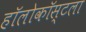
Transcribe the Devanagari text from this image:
हॉलोकॉस्टला